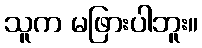
သူက မဖြားပါဘူး။